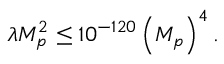
\lambda M _ { p } ^ { 2 } \leq 1 0 ^ { - 1 2 0 } \left( M _ { p } \right) ^ { 4 } .